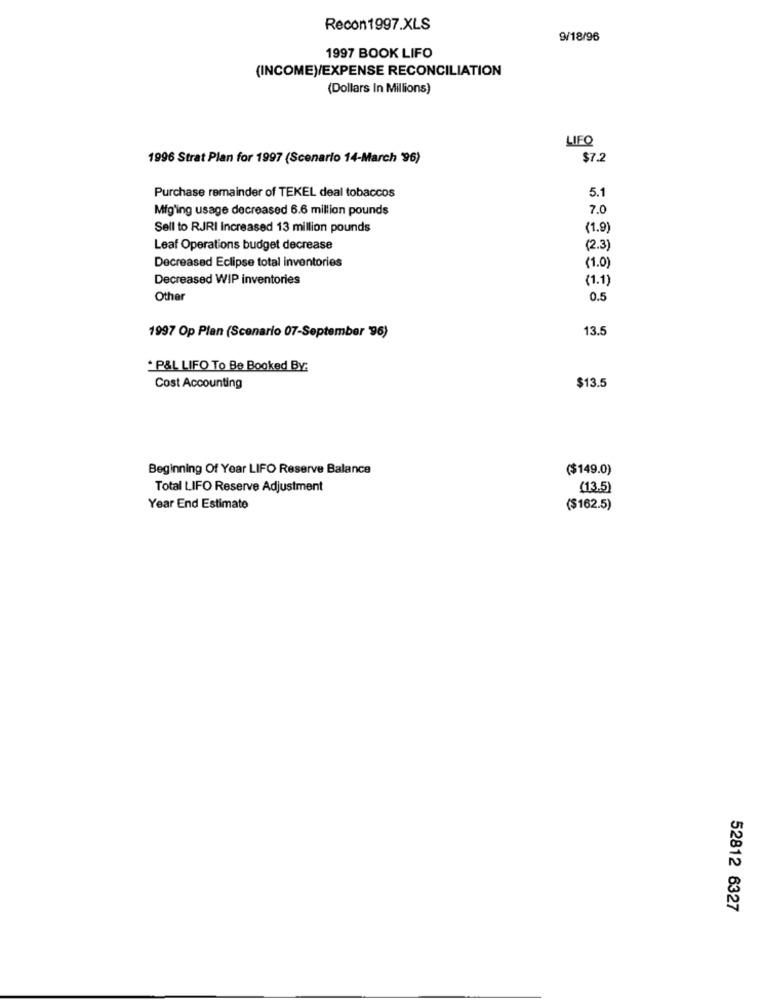
Recon1997.XLS
9/18/96
1997 BOOK LIFO
(INCOME)/EXPENSE RECONCILIATION
(Dollars In Millions)
LIFQ
1996 Strat Plan for 1997 (Scenario 14-March '96)
$7.2
5.1
Purchase remainder of TEKEL deal tobaccos
Mig'ing usage decreased 6.6 million pounds
7.0
Sell to RJRI Increased 13 million pounds
(1.9)
Leaf Operations budget decrease
(2.3)
Decreased Eclipse total inventories
(1.0
Decreased WIP inventories
(1.1)
Other
0.5
13.5
1997 Op Plan (Scenario 07-September 96)
*P&L LIFO To Be Booked By:
Cost Accounting
$13.5
Beginning Of Year LIFO Reserve Balance
($149.0)
Total LIFO Reserve Adjustment
(13.5)
Year End Estimate
($162.5)
52812 6327